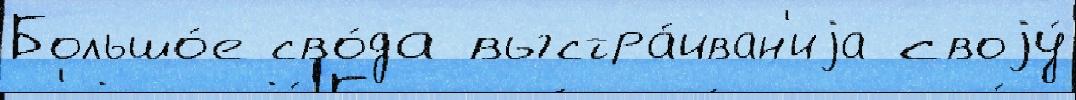
Большо́е сво́да выстра́иван'иjа своjу́